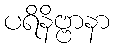
ပရိနိဗ္ဗာနာ